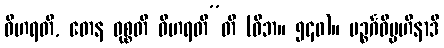
ဝိဟရတိ, တေန ဝုစ္စတိ ဝိဟရတီ”တိ (ဝိဘ။ ၅၄၀)။ ပဉ္စင်္ဂဝိပ္ပဟီနာဒိ